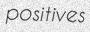
positives